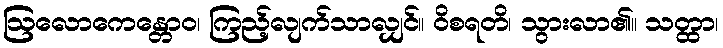
ဩလောကေန္တောဝ၊ ကြည့်လျက်သာလျှင်။ ဝိစရတိ၊ သွားလာ၏။ သတ္ထာ၊